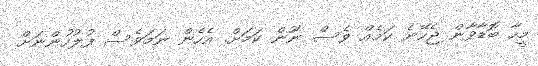
މީހާ ބޮޑާވާން ޖެހޭނެ ކަމެއް ވެސް ނޫން ކަަމަށް. އެހެން ނަމަވެސް ފުލުހުންނަށް